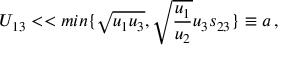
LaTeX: U _ { 1 3 } < < m i n \{ \sqrt { u _ { 1 } u _ { 3 } } , \sqrt { \frac { u _ { 1 } } { u _ { 2 } } } u _ { 3 } s _ { 2 3 } \} \equiv a \, ,